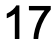
17